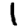
Digit: 1